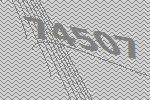
74507